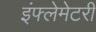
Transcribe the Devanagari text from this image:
इंफ्लेमेटरी